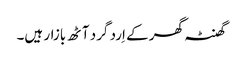
گھنٹہ گھر کے اِرد گرد آٹھ بازار ہیں۔